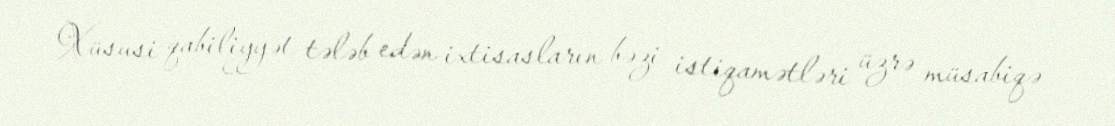
Xüsusi qabiliyyət tələb edən ixtisasların bəzi istiqamətləri üzrə müsabiqə